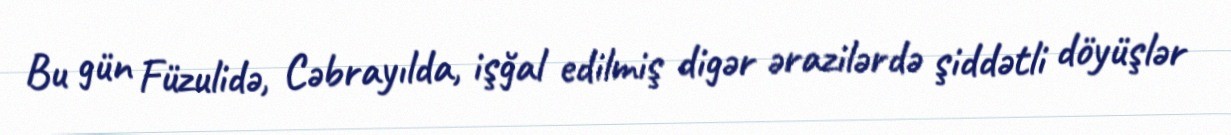
Bu gün Füzulidə, Cəbrayılda, işğal edilmiş digər ərazilərdə şiddətli döyüşlər